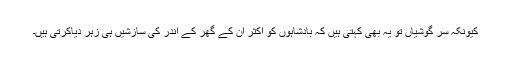
کیونکہ سر گوشیاں تو یہ بھی کہتی ہیں کہ بادشاہوں کو اکثر ان کے گھر کے اندر کی سازشیں ہی زہر دیاکرتی ہیں۔